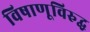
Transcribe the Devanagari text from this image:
विषाणूविरुद्ध